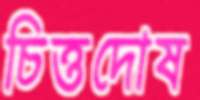
চিত্তদোষ